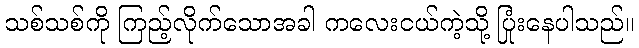
သစ်သစ်ကို ကြည့်လိုက်သောအခါ ကလေးငယ်ကဲ့သို့ ပြုံးနေပါသည်။